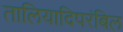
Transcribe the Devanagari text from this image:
तालियादिपरंबिल